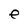
Character: e